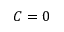
C = 0